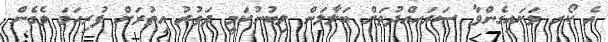
އެ ކޯރ ވަށައިގެންވާ ސަރަހއްދުތަށް ބަލާލަން ލިބުނުކަމީ ދަތުރު އިތުރަށް ފުރިހަމަ ވެގެން